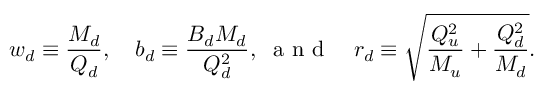
w _ { d } \equiv \frac { M _ { d } } { Q _ { d } } , \quad b _ { d } \equiv \frac { B _ { d } M _ { d } } { Q _ { d } ^ { 2 } } , \; \textrm { a n d } \quad r _ { d } \equiv \sqrt { \frac { Q _ { u } ^ { 2 } } { M _ { u } } + \frac { Q _ { d } ^ { 2 } } { M _ { d } } } .